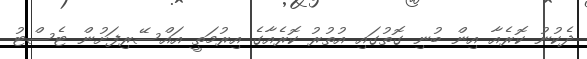
ދެކުނު ކޮރެއާ އިން ބުނި ގޮތުގައި އުތުރު ކޮރެއާގެ އިރުމަތީ އައްސޭރިފަށުން ޓެސްޓު